Indian journal of veterinary science and animal husbandry - Volumes 18-21, 1948-1951
Year: 1948
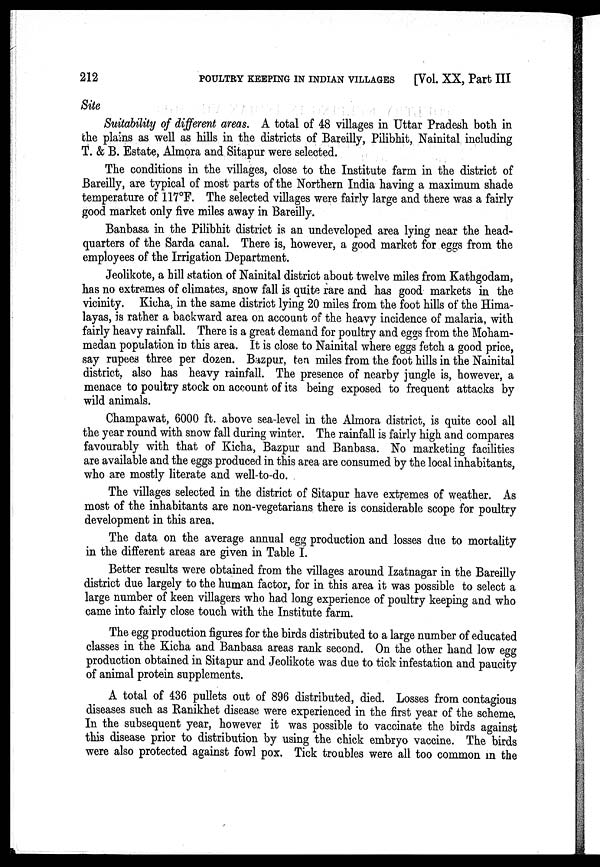
212
POULTRY KEEPING IN INDIAN VILLAGES
[Vol. XX, Part III
Site
Suitability of different areas. A total of 48 villages in Uttar Pradesh both in
the plains as well as hills in the districts of Bareilly, Pilibhit, Nainital including
T. & B. Estate, Almora and Sitapur were selected.
The conditions in the villages, close to the Institute farm in the district of
Bareilly, are typical of most parts of the Northern India having a maximum shade
temperature of 117°F. The selected villages were fairly large and there was a fairly
good market only five miles away in Bareilly.
Banbasa in the Pilibhit district is an undeveloped area lying near the head-
quarters of the Sarda canal. There is, however, a good market for eggs from the
employees of the Irrigation Department.
Jeolikote, a hill station of Nainital district about twelve miles from Kathgodam,
has no extremes of climates, snow fall is quite rare and has good markets in the
vicinity. Kicha, in the same district lying 20 miles from the foot hills of the Hima-
layas, is rather a backward area on account of the heavy incidence of malaria, with
fairly heavy rainfall. There is a great demand for poultry and eggs from the Moham-
medan population in this area. It is close to Nainital where eggs fetch a good price,
say rupees three per dozen. Bazpur, ten miles from the foot hills in the Nainital
district, also has heavy rainfall. The presence of nearby jungle is, however, a
menace to poultry stock on account of its being exposed to frequent attacks by
wild animals.
Champawat, 6000 ft. above sea-level in the Almora district, is quite cool all
the year round with snow fall during winter. The rainfall is fairly high and compares
favourably with that of Kicha, Bazpur and Banbasa. No marketing facilities
are available and the eggs produced in this area are consumed by the local inhabitants,
who are mostly literate and well-to-do.
The villages selected in the district of Sitapur have extremes of weather. As
most of the inhabitants are non-vegetarians there is considerable scope for poultry
development in this area.
The data on the average annual egg production and losses due to mortality
in the different areas are given in Table I.
Better results were obtained from the villages around Izatnagar in the Bareilly
district due largely to the human factor, for in this area it was possible to select a
large number of keen villagers who had long experience of poultry keeping and who
came into fairly close touch with the Institute farm.
The egg production figures for the birds distributed to a large number of educated
classes in the Kicha and Banbasa areas rank second. On the other hand low egg
production obtained in Sitapur and Jeolikote was due to tick infestation and paucity
of animal protein supplements.
A total of 436 pullets out of 896 distributed, died. Losses from contagious
diseases such as Ranikhet disease were experienced in the first year of the scheme,
In the subsequent year, however it was possible to vaccinate the birds against
this disease prior to distribution by using the chick embryo vaccine. The birds
were also protected against fowl pox. Tick troubles were all too common in the